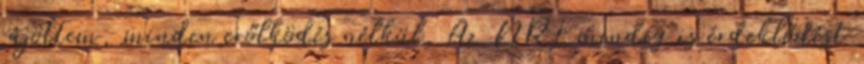
rájöttem, minden erőlködés nélkül. Az NRL mindig is érdeklődést